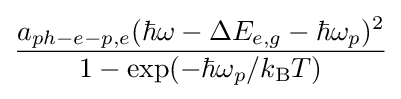
{\frac {a_{ph-e-p,e}(\hbar \omega -\Delta E_{e,g}-\hbar \omega _{p})^{2}}{1-\exp(-\hbar \omega _{p}/k_{\mathrm {B} }T)}}